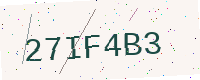
Text: 27IF4B3